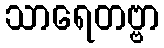
သာရေတဗ္ဗာ